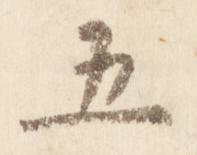
五